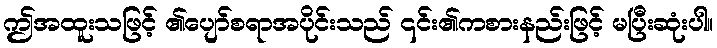
ဤအထူးသဖြင့် ၏ပျော်စရာအပိုင်းသည် ၎င်း၏ကစားနည်းဖြင့် မပြီးဆုံးပါ။